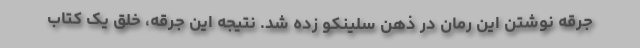
جرقه نوشتن این رمان در ذهن سلینکو زده شد. نتیجه این جرقه، خلق یک کتاب